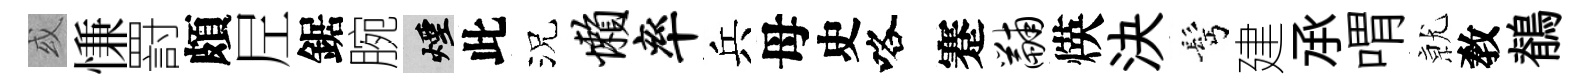
或慊罸頗𡰱鋸腕煙此況懒率兵母史咯蹇黼煐決髩建𠄘喟𭕒敎鶺